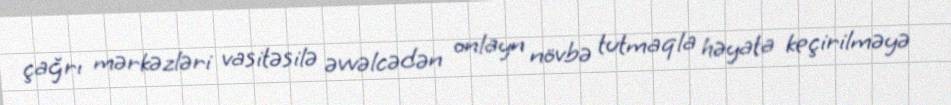
çağrı mərkəzləri vasitəsilə əvvəlcədən onlayn növbə tutmaqla həyata keçirilməyə